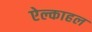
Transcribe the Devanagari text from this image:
ऐल्काहल